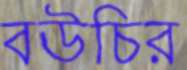
বউচির